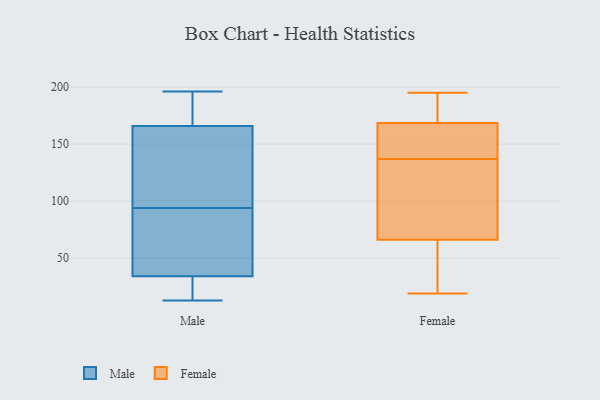
{"axis": {"x": "LTV (USD)", "y": "Value"}, "legend": ["Female", "Male"], "data": [{"x": "", "y": 13, "type": "Male"}, {"x": "", "y": 94, "type": "Male"}, {"x": "", "y": 196, "type": "Male"}, {"x": "", "y": 55, "type": "Male"}, {"x": "", "y": 35, "type": "Male"}, {"x": "", "y": 34, "type": "Male"}, {"x": "", "y": 23, "type": "Male"}, {"x": "", "y": 159, "type": "Male"}, {"x": "", "y": 112, "type": "Male"}, {"x": "", "y": 168, "type": "Male"}, {"x": "", "y": 193, "type": "Male"}, {"x": "", "y": 45, "type": "Female"}, {"x": "", "y": 52, "type": "Female"}, {"x": "", "y": 137, "type": "Female"}, {"x": "", "y": 195, "type": "Female"}, {"x": "", "y": 168, "type": "Female"}, {"x": "", "y": 170, "type": "Female"}, {"x": "", "y": 19, "type": "Female"}, {"x": "", "y": 138, "type": "Female"}, {"x": "", "y": 163, "type": "Female"}, {"x": "", "y": 100, "type": "Female"}, {"x": "", "y": 192, "type": "Female"}, {"x": "", "y": 71, "type": "Female"}, {"x": "", "y": 106, "type": "Female"}]}